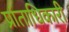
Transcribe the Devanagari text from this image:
प्रांताधिकारी